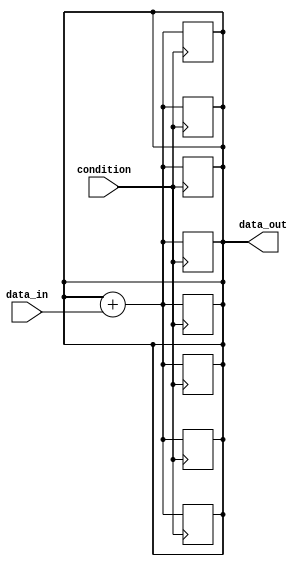
module while_loop_example(
    input wire condition,
    input wire [7:0] data_in,
    output reg [7:0] data_out
);

// Generate While Loop
genvar i;
generate 
    for(i = 0; i < 8; i=i+1) begin: while_loop
        always @(posedge condition) begin
            if(condition) begin
                // Perform operation on data_in
                data_out <= data_out + data_in;
            end
        end
    end
endgenerate

endmodule